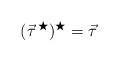
LaTeX: \begin{align*} (\vec{\tau}^{\, \bigstar})^\bigstar=\vec{\tau}\end{align*}